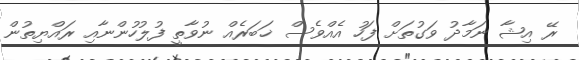
ރޭ އިޝާ ނަމާދު ވަގުތަށް ފަހު އެއްވެސް ޚަބަރެއް ނުވާތީ ފުލުހުންނާއި ރައްޔިތުން